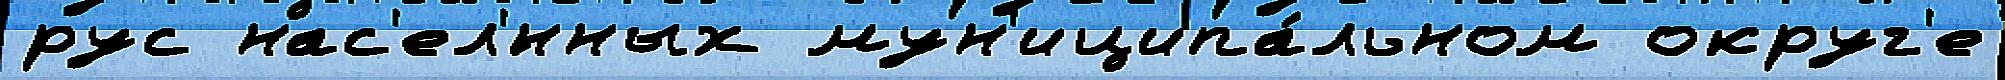
рус нас'ел'́нных мун'иципа́льном округ'е